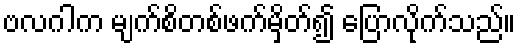
ဗလဂါက မျက်စိတစ်ဖက်မှိတ်၍ ပြောလိုက်သည်။